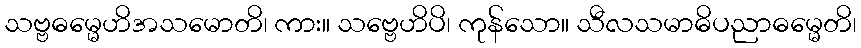
သဗ္ဗဓမ္မေဟိအသမောတိ၊ ကား။ သဗ္ဗေဟိပိ၊ ကုန်သော။ သီလသမာဓိပညာဓမ္မေတိ၊